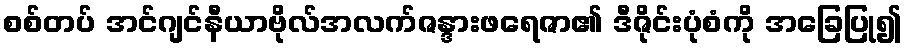
စစ်တပ် အင်ဂျင်နီယာဗိုလ်အလက်ဇန္ဒားဖရေဇာ၏ ဒီဇိုင်းပုံစံကို အခြေပြု၍